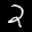
Label: 2